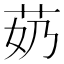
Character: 𫇵